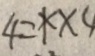
4 = 1 \times 4